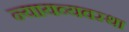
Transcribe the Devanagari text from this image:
न्‍यायव्‍यवस्‍था